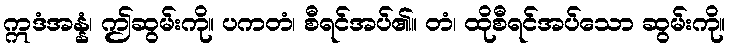
ဣဒံအန္နံ၊ ဤဆွမ်းကို။ ပကတံ၊ စီရင်အပ်၏။ တံ၊ ထိုစီရင်အပ်သော ဆွမ်းကို။